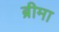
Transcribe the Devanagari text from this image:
ब्रीमा